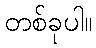
တစ်ခုပါ။